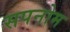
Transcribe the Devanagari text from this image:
सपनोम